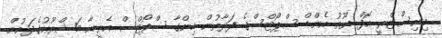
މިނިސްޓްރީ އޮފް ޔޫތު އެންޑް ސްޕޯޓްސްގެ ފަރާތުން ހިންގާ ސްޕޯޓްސް އެރީނާ މަޝްރޫޢުގެދަށުން